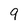
Character: 9